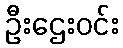
ဦးဌေးဝင်း